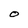
Character: O